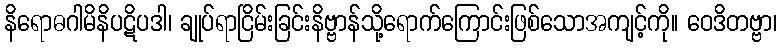
နိရောဓဂါမိနိပဋိပဒါ၊ ချုပ်ရာငြိမ်းခြင်းနိဗ္ဗာန်သို့ရောက်ကြောင်းဖြစ်သောအကျင့်ကို။ ဝေဒိတဗ္ဗာ၊